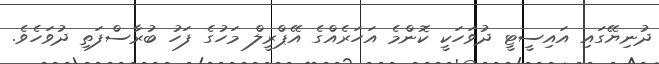
ދުނިޔޭގައި އައިސީޓީ ދުވަހަކީ ކޮންމެ އަހަރެއްގެ އޭޕްރީލް މަހުގެ ފަހު ބުރާސްފަތި ދުވަހެވެ.